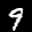
Label: 9